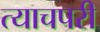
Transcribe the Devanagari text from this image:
त्याचपरी